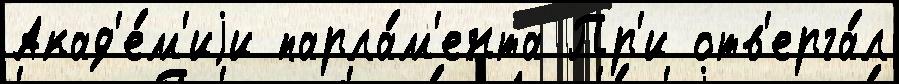
Акад'е́м'иjи парла́м'ента Пр'и отв'ерга́л